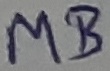
Text: MB